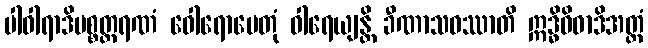
ပါဝါရာဒိပစ္စတ္ထရဏံ ဝေါရောပေတုံ ဝါရေယျန္တိ ခီဏာသဝဿာတိ ဣဒ္ဓိဝိဓာဒိအတ္ထံ